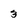
Character: 3